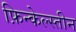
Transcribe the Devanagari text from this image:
फ़िन्केल्स्तीन